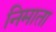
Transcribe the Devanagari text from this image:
निमाता